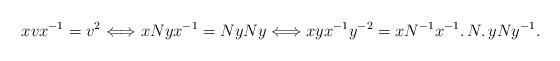
LaTeX: \begin{align*}xvx^{-1}=v^{2} \Longleftrightarrow xNy x^{-1}=Ny Ny \Longleftrightarrow xyx^{-1}y^{-2}= xN^{-1}x^{-1} \ldotp N\ldotp yNy^{-1}.\end{align*}